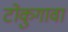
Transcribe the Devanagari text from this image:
टोकुगावा